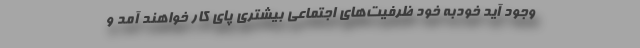
وجود آید خودبه خود ظرفیت‌های اجتماعی بیشتری پای کار خواهند آمد و